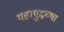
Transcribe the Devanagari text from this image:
महायुद्धच्या